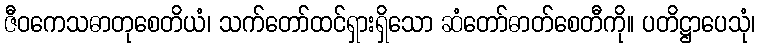
ဇီဝကေသဓာတုစေတိယံ၊ သက်တော်ထင်ရှားရှိသော ဆံတော်ဓာတ်စေတီကို။ ပတိဋ္ဌာပေသုံ၊